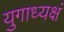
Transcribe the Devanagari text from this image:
युगाध्यक्षं